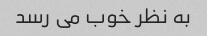
به نظر خوب می رسد